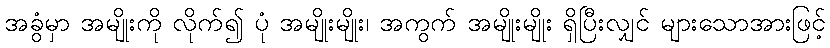
အခွံမှာ အမျိုးကို လိုက်၍ ပုံ အမျိုးမျိုး၊ အကွက် အမျိုးမျိုး ရှိပြီးလျှင် များသောအားဖြင့်